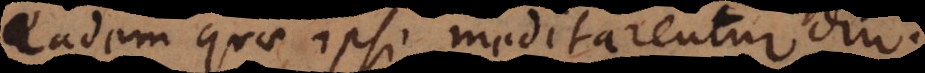
eadem quae ipsi meditarentur diu.